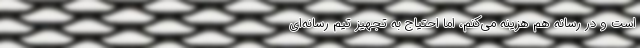
است و در رسانه هم هزینه می‌کنم، اما احتیاج به تجهیز تیم رسانه‌ای